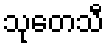
သုတေသီ